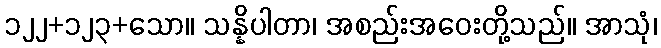
၁၂၂+၁၂၃+သော။ သန္နိပါတာ၊ အစည်းအဝေးတို့သည်။ အာသုံ၊